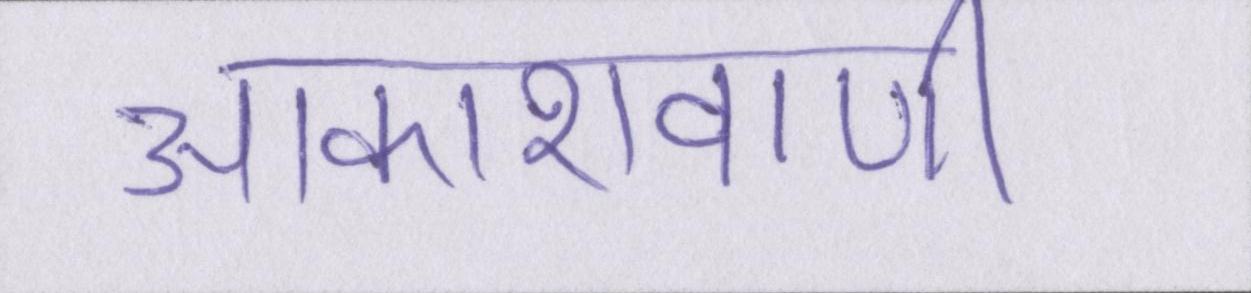
आकाशवाणी